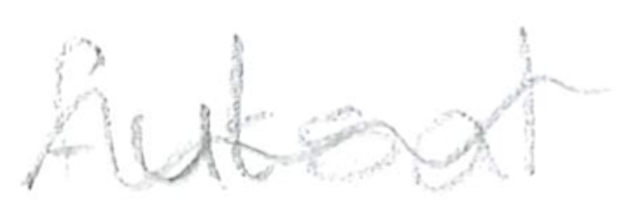
Text: futsal
Cross-out: wave
Writing tool: pencil